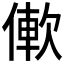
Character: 𫣑